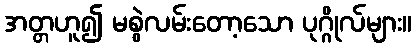
အတ္တဟူ၍ မစွဲလမ်းတော့သော ပုဂ္ဂိုလ်များ။